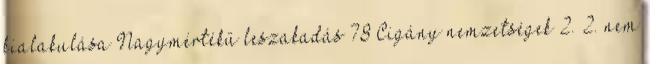
kialakulása Nagymértékű leszakadás 78 Cigány nemzetségek 2. 2. nem